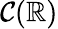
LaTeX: \mathcal{C}(\mathbb{{R}})